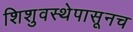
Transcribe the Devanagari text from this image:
शिशुवस्थेपासूनच